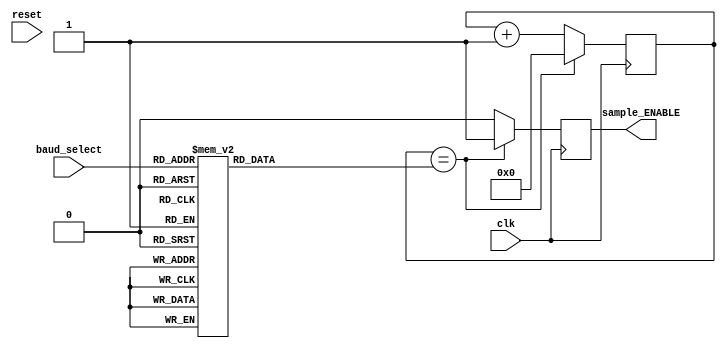
`timescale 1ns/1ps
`define period 10
//parexei to sima deigmatolipsias analoga me to baud rate
module baud_controller(reset, clk, baud_select, sample_ENABLE);
input reset, clk; //clk of 100MHz FPGA
input [2:0] baud_select;
output reg sample_ENABLE = 1'b0;
reg [14:0] count = 15'b000000000000000; 
reg [14:0] max_count = 15'bxxxxxxxxxxxxxxx;

parameter baud_zero = 3'b000;
parameter baud_one = 3'b001;
parameter baud_two = 3'b010;
parameter baud_three = 3'b011;
parameter baud_four = 3'b100;
parameter baud_five = 3'b101;
parameter baud_six = 3'b110;
parameter baud_seven = 3'b111;

//o counter tha metraei ta bits analoga me to baud select
always@(baud_select)
begin
    case(baud_select)
    //o counter lamvanei times me vasei to baud_rate apo ton typo 10^8/(16*baud_rate)
    baud_zero: max_count = 15'b101_0001_0110_0010;
    baud_one: max_count = 15'b001_0100_0101_1001;
    baud_two: max_count = 15'b000_0101_0001_0111;
    baud_three: max_count = 15'b000_0010_1000_1100;
    baud_four: max_count = 15'b000_0001_0100_0110;
    baud_five: max_count = 15'b000_0000_1010_0011;
    baud_six: max_count = 15'b000_0000_0110_1101;
    baud_seven: max_count = 15'b000_0000_0011_0111;
    endcase
end

//ylopoihsh counter gia thn katametrhsh kyklwn rologiou analoga me to baud rate
always@(posedge clk)
begin
    if(count == max_count)
    begin
        count <= 15'b000_0000_0000_0000; 
        sample_ENABLE <= 1'b1;
    end
    else
    begin 
        count <= count + 15'b000_0000_0000_0001;
        sample_ENABLE <= 1'b0;
    end
end

endmodule